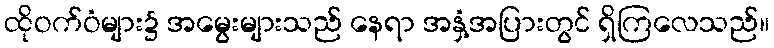
ထိုဝက်ဝံများ၌ အမွေးများသည် နေရာ အနှံ့အပြားတွင် ရှိကြလေသည်။